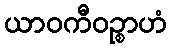
ယာဝကီဝဉ္စာဟံ